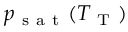
p _ { \mathrm { ~ s ~ a ~ t ~ } } ( T _ { \mathrm { ~ T ~ } } )